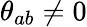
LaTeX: \theta_{ab}\neq 0